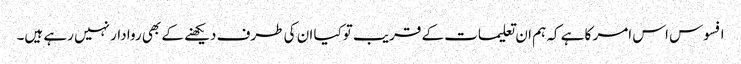
افسوس اس امر کا ہے کہ ہم ان تعلیمات کے قریب توکیا ان کی طرف دیکھنے کے بھی روا دار نہیں رہے ہیں۔